Memorandum on the prevention of leprosy by segregation of the affected
Disease focus: Leprosy
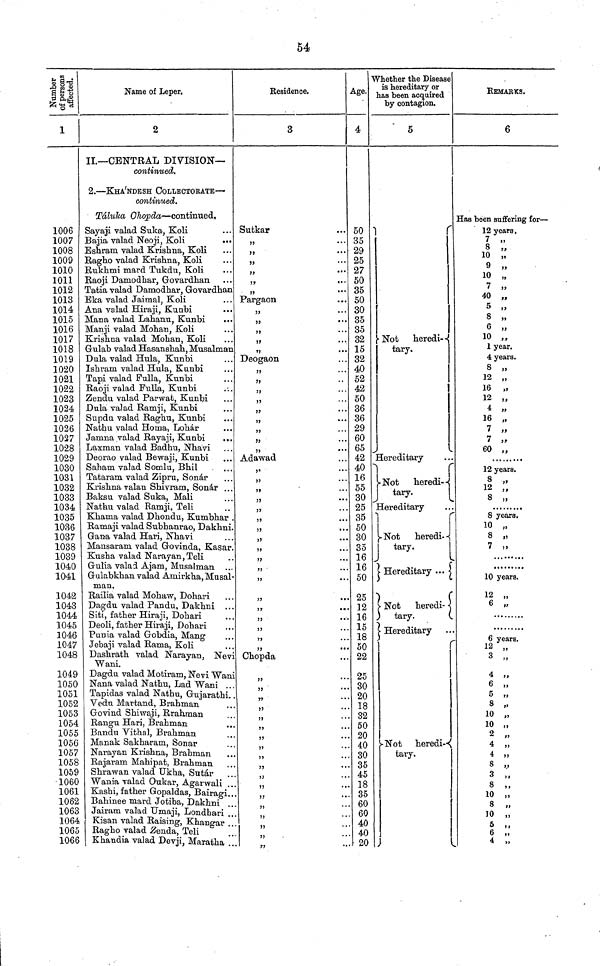
54
Number of persons
affected.
1
1006
1007
1008
1009
1010
1011
1012
1013
1014
1015
1016
1017
1018
1019
1020
1021
1022
1023
1024
1025
1026
1027
1028
1029
1030
1031
1032
1033
1034
1035
1036
1037
1038
1039
1040
1041
1042
1043
1044
1045
1046
1047
1048
1049
1050
1051
1052
1053
1054
1055
1056
1057
1058
1059
1060
1061
1082
1063
1064
1065
1066
Name of Leper.
2
II.— CENTRAL DIVISION—
continued.
2. — KHA'NDESH COLLECTORATE— -
continued.
Táluka Ohopda — continued,
Sayaji valad Suka, Koli
Bajia valad Neoji, Koli
Eshram valad Krishna, Koli
Ragho valad Krishna, Koli
Rukhmi mard Tukdu, Koli
Raoji Damodhar, Govardhan
Tatia valad Damodhar, Govardhan
Eka valad Jaimal, Koli
Ana valad Hiraji, Kunbi
Man a valad Lahanu, Kunbi
Manji valad Mohan, Koli
Krishna valad Mohan, Koli
Gulab valad Hasanshah, Musalman
Dula valad Hula, Kunbi
Ishram valad Hula, Kanbi
Tapi valad Fulla, Kunbi
Raoji valad Fulla, Kunbi
Zendu valad Parwat, Kunbi
Dula valad Ramji, Kunbi
Supdu valad Raghu, Kunbi
Nathu valad Homa, Lohár
Jamna valad Rayaji, Kunbi
Laxman valad Badhu, Nhavi
Deorao valad Bewaji, Kunbi
Sahara valad Somlu, Bhil
Tataram valad Zipru, Sonar
Krishna valan Shivram, Sonar ...
Baksu valad Suka, Mali
Nathu valad Ramji, Teli
Khama valad Dhondu, Kumbhar .
Ramaji valad Subhanrao, Dakhni.
Gana valad Hari, Nhavi
Mansaram valad Govinda, Kasar.
Kusha valad Narayan, Teli
Gulia valad Ajam, Musalman ...
Gulabkhan valad Amirkha, Musal-
man,
Railia valad Mohaw, Dohari
Dagdu valad Pandu, Dakhni ...
Siti, father Hiraji, Dohari
Deoli, father Hiraji, Dohari
Punia valad Gobdia, Mang
Jebaji valad Rama, Koli
Dashrath valad Narayan, Nev:
Wani.
Dagdu valad Motiram, Nevi Wani
Nana valad Nathu, Lad Wani
Tapidas valad Nathu, Gujarathi
Vedu Martand, Brahman
Govind Shiwaji,. Rrahman
Rangu Hari, Brahman
Bandu Vithal, Brahman
Manak Sakharam, Sonar
Narayan Krishna, Brahman
Rajaram Mahipat, Brahman
Shrawan valad Ukha, Sutár
Wania valad Oukar, Agarwali
Kashi, father Gopaldas, Bairagi..
Bahinee mard Jotiba, Dakhni
Jairam valad Umaji, Londhari
Kisan valad Raising, Khangar
Ragho valad Zenda, Teli
Khandia valad Devji, Maratha
Residence.
3
Sutkar
,,
,,
,,
"
"
,,
Pargaon
"
"
"
"
"
Deogaon
"
"
„
,,
"
"
"
"
"
Adawad
"
"
"
"
"
"
"
"
"
"
"
"
"
"
"
"
"
"
Chopda
"
"
"
"
"
"
"
"
"
"
"
"
Age.
4
50
35
29
25
27
50
35
50
30
35
35
32
15
32
40
52
42
50
36
36
29
60
65
42
40
16
55
30
25
35
50
30
35
16
16
50
25
12
16
15
18
50
22
25
30
20
18
32
50
20
40
30
35
45
18
35
60
60
40
40
20
Whether the Disease
is hereditary or
has been acquired
by contagion.
5
1
Not
heredi-
tary.
Hereditary
Not
heredi-
tary.
Hereditary
Not
heredi-
tary.
Hereaitary ...
Not
heredi-
tary.
Hereditary
-Not heredi-
tary.
REMARKS.
6
Has been suffering for —
12 years.
7 „
8 „
10
10
40 „
5 "
8 „
6 „
10 ,,
1 year.
4 years.
8 „
12
16
12
4
16
7
7
60
12 years.
8 "
12 „
8 „
8 years.
10 „
8 „
7 „
10 years.
12 „
6 ,,
6 years
12 „
3 „
4 „
6 „
5 „
8 „
10 „
10
2
4
4
8
3
8
10
8
10
5
6
4